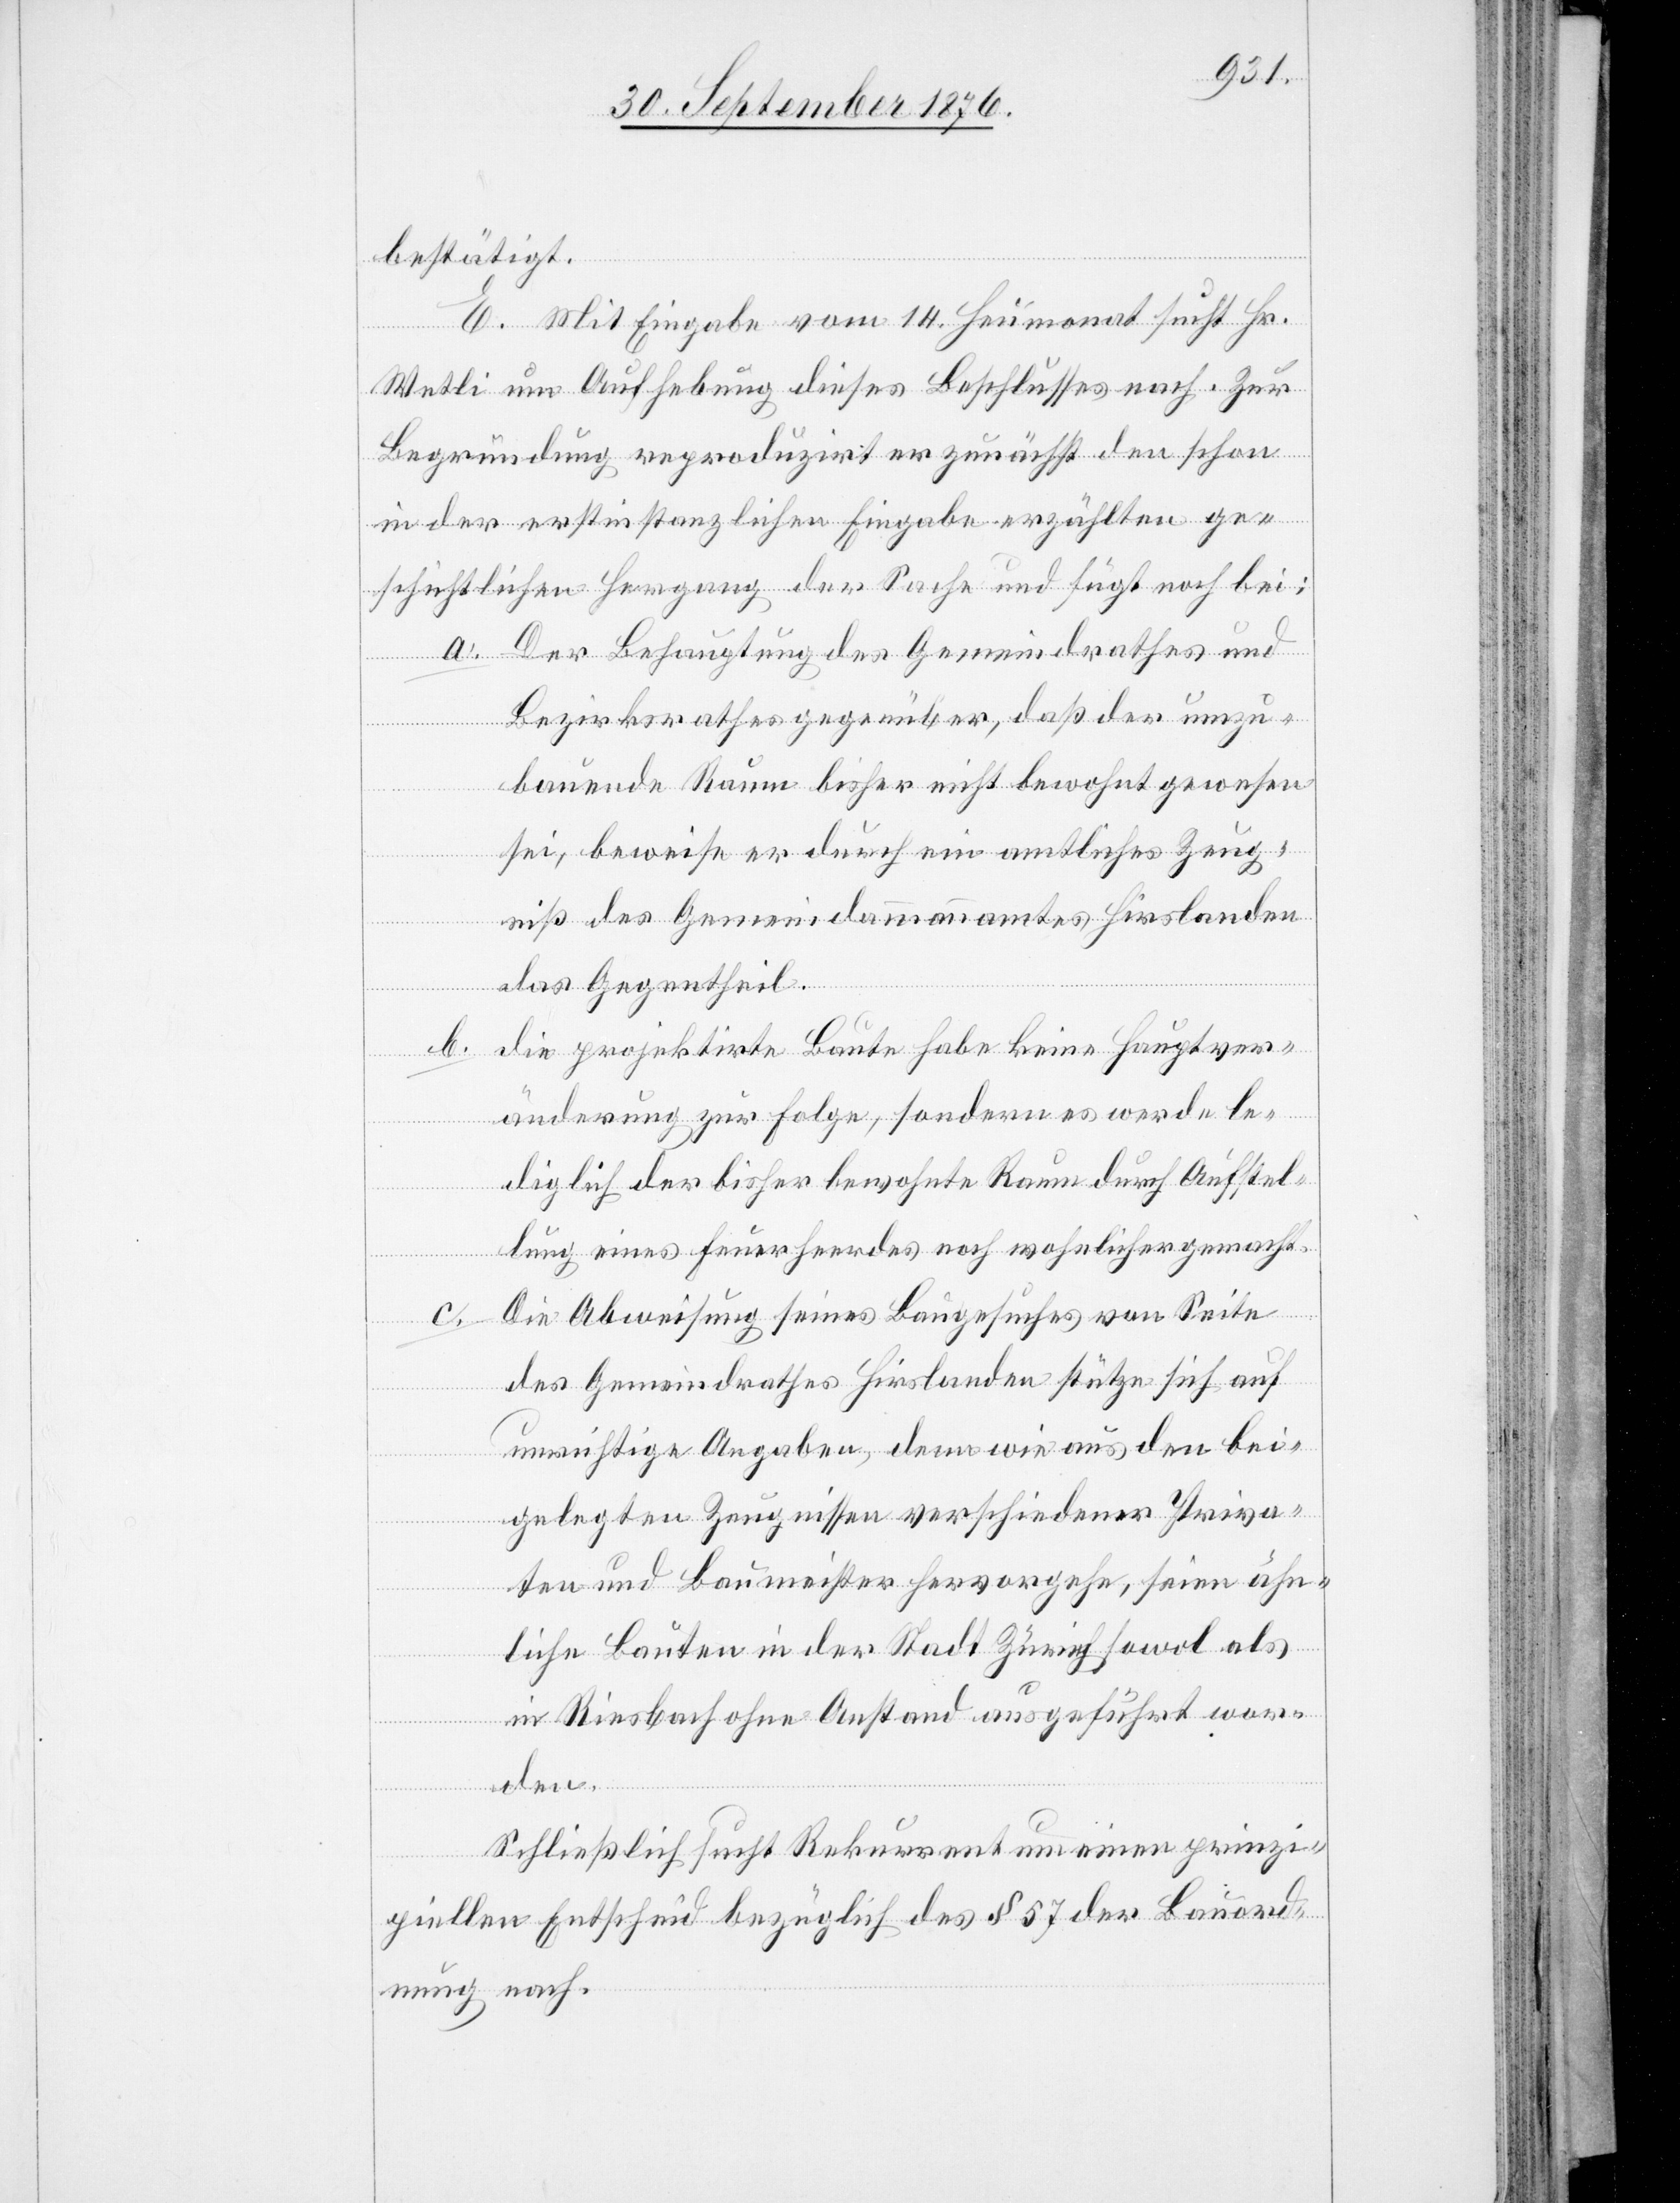
bestätigt.
E. Mit Eingabe vom 14. Heumonat Sucht Hr.
Wetli um Aufhebung dieses Beschlusses nach. Zur
Begründung reproduzirt er zunächst den schon
in der erstinstanzlichen Eingabe erzählten ge¬
schichtlichen Hergang der Sache und fügt noch bei:
a. Der Behauptung des Gemeindrathes und
Bezirksrathes gegenüber, daß der umzu¬
bauende Raum bisher nicht bewohnt gewesen
sei, beweise er durch ein amtliches Zeug¬
niß des Gemeindammannamtes Hirslanden
das Gegentheil.
b. die projektirte Baute habe keine Hauptver¬
änderung zur Folge, sondern es werde le¬
diglich der bisher bewohnte Raum durch Aufstel¬
lung eines Feuerherdes noch wohnlicher gemacht.
Die Abweisung seines Baugesuches von Seite
des Gemeindrathes Hirslanden stütze sich auf
unrichtige Angaben, denn wie aus den bei¬
gelegten Zeugnissen verschiedener Priva¬
ten und Baumeister hervorgehe, seien ähn¬
liche Bauten in der Stadt Zürich sowol als
in Riesbach ohne Anstand ausgeführt wor¬
den.
Schließlich sucht Rekurrent um einen prinzi¬
piellen Entscheid bezüglich des § 57 der Bauord¬
nung nach.